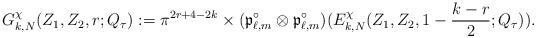
LaTeX: \begin{align*} G_{k,N}^\chi(Z_1, Z_2, r; Q_\tau) := \pi^{2r+4 -2k} \times (\mathfrak{p}^\circ_{\ell, m} \otimes \mathfrak{p}^\circ_{\ell, m}) (E_{k,N}^\chi(Z_1, Z_2, 1 - \frac{k-r}2; Q_\tau)).\end{align*}